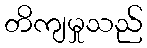
တိကျမှုသည်